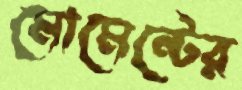
মোমেন্টের